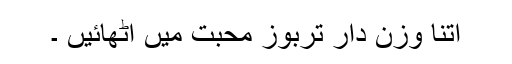
اتنا وزن دار تربوز محبت میں اٹھائیں ۔